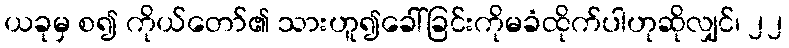
ယခုမှ စ၍ ကိုယ်တော်၏ သားဟူ၍ခေါ်ခြင်းကိုမခံထိုက်ပါဟုဆိုလျှင်၊ ၂၂